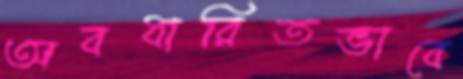
অবধারিতভাবে